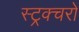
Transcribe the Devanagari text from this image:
स्ट्रक्चरों